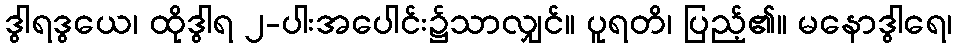
ဒွါရဒွယေ၊ ထိုဒွါရ ၂-ပါးအပေါင်း၌သာလျှင်။ ပူရတိ၊ ပြည့်၏။ မနောဒွါရေ၊